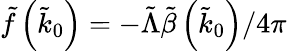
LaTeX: \tilde{f}\left(\tilde{k}_{0}\right)=-\tilde{\Lambda}\tilde{\beta}\left(\tilde{k}_{0}\right)/4\pi